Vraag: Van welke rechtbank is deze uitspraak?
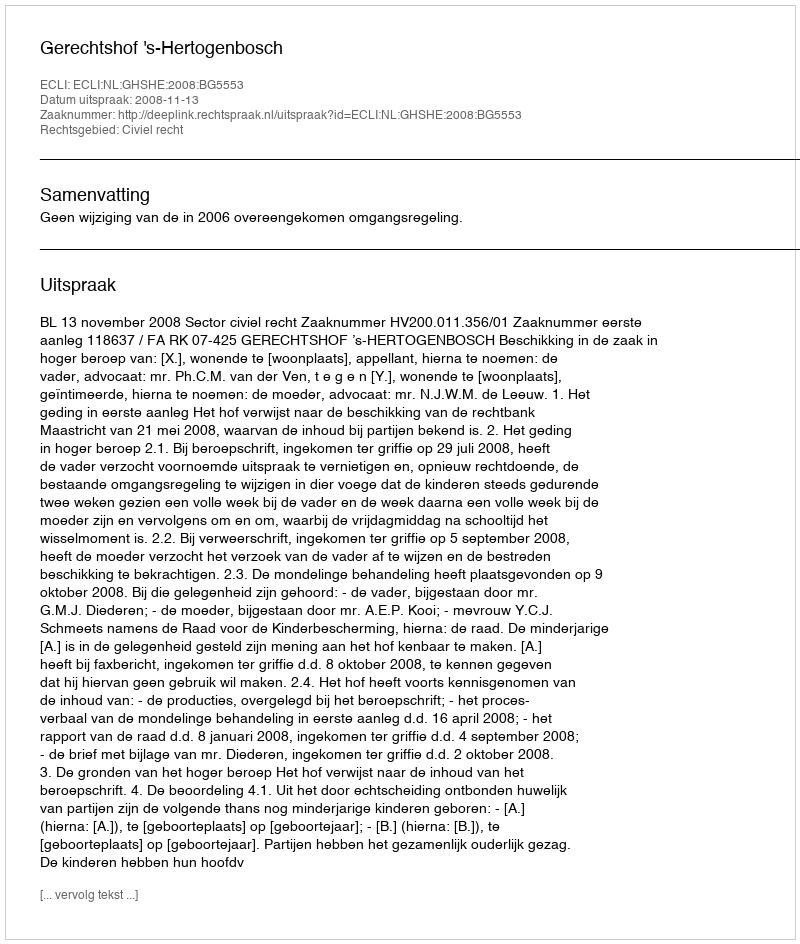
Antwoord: Gerechtshof 's-Hertogenbosch